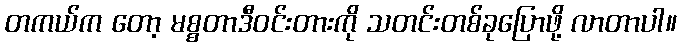
တကယ်က တော့ မစ္စတာဒီဝင်းတားကို သတင်းတစ်ခုပြောဖို့ လာတာပါ။